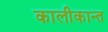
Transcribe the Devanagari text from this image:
कालीकान्त